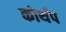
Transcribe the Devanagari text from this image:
कोर्थप